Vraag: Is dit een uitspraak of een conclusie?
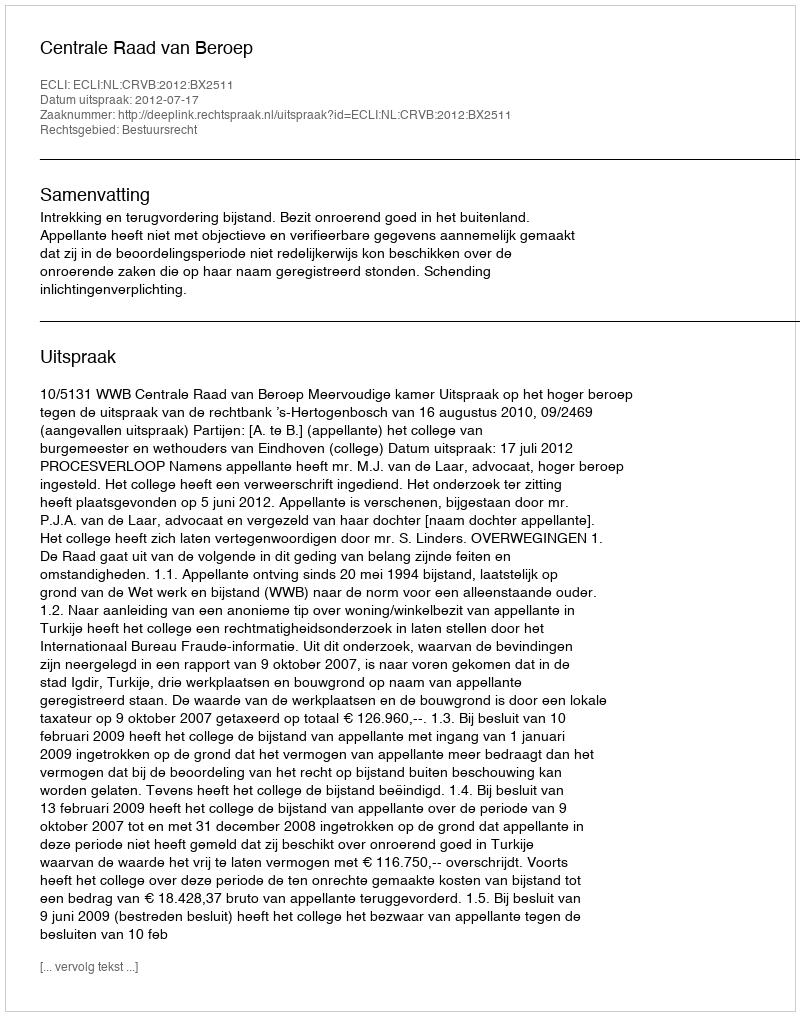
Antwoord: Uitspraak